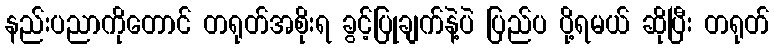
နည်းပညာကိုတောင် တရုတ်အစိုးရ ခွင့်ပြုချက်နဲ့ပဲ ပြည်ပ ပို့ရမယ် ဆိုပြီး တရုတ်